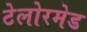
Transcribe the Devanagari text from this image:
टेलोरमेड